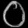
Digit: ၀